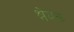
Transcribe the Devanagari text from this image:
श्नेयक